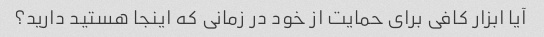
آیا ابزار کافی برای حمایت از خود در زمانی که اینجا هستید دارید؟